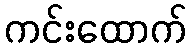
ကင်းထောက်